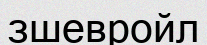
зшевройл